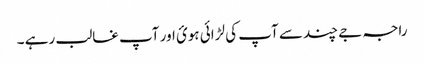
راجہ جے چند سے آپ کی لڑائی ہوئ اور آپ غالب رہے ۔